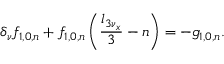
\delta _ { \nu } f _ { 1 , 0 , n } + f _ { 1 , 0 , n } \left( \frac { l _ { 3 \nu _ { x } } } { 3 } - n \right) = - g _ { 1 , 0 , n } .